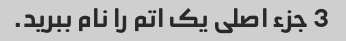
3 جزء اصلی یک اتم را نام ببرید.